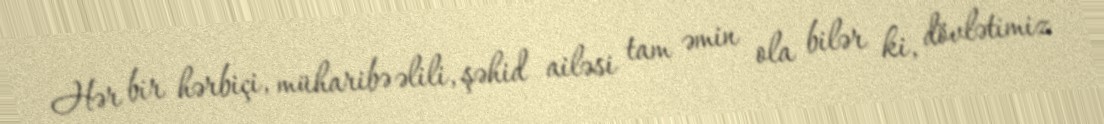
Hər bir hərbiçi, müharibə əlili, şəhid ailəsi tam əmin ola bilər ki, dövlətimiz